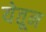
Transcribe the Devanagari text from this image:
येतून